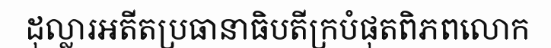
ដុល្លារអតីតប្រធានាធិបតីក្របំផុតពិភពលោក